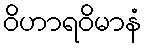
ဝိဟာရဝိမာနံ